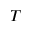
T